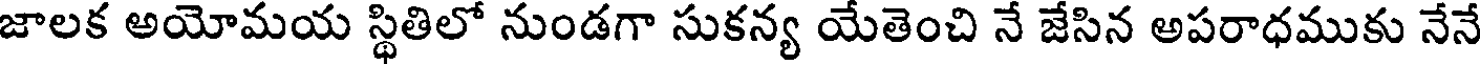
జాలక అయోమయ స్థితిలో నుండగా సుకన్య యేతెంచి నే జేసిన అపరాధముకు నేనే